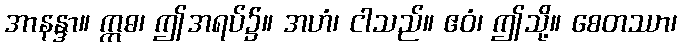
အာနန္ဒာ။ ဣဓ၊ ဤအရပ်၌။ အဟံ၊ ငါသည်။ ဧဝံ၊ ဤသို့။ စေတဿာ၊